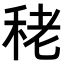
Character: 𥞠